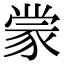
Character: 𫎇